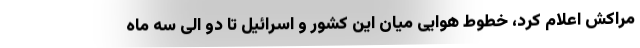
مراکش اعلام کرد، خطوط هوایی میان این کشور و اسرائیل تا دو الی سه ماه